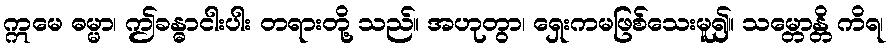
ဣမေ ဓမ္မာ၊ ဤခန္ဓာငါးပါး တရားတို့ သည်။ အဟုတွာ၊ ရှေးကမဖြစ်သေးမူ၍။ သမ္တောန္တိ ကိရ၊